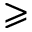
\geqslant